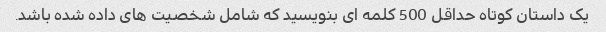
یک داستان کوتاه حداقل 500 کلمه ای بنویسید که شامل شخصیت های داده شده باشد.